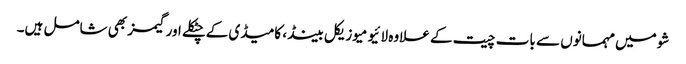
شو میں مہمانوں سے بات چیت کے علاوہ لائیو میوزیکل بینڈ، کامیڈی کےچٹکلے اور گیمز بھی شامل ہیں۔